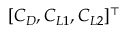
[ C _ { D } , C _ { L 1 } , C _ { L 2 } ] ^ { \top }